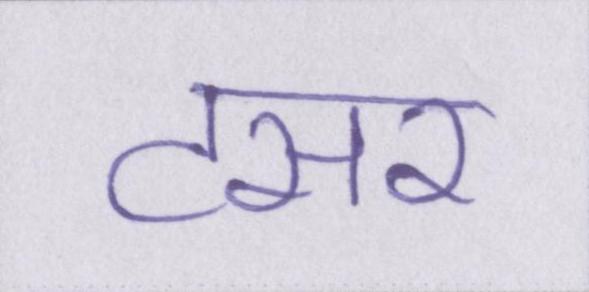
टसर